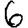
Digit: 6